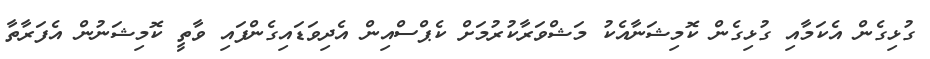
ގުޅިގެން އެކަމާއި ގުޅިގެން ކޮމިޝަނާއެކު މަޝްވަރާކުރުމަށް ކެޕްސްއިން އެދިވަޑައިގެންފައި ވާތީ ކޮމިޝަނުން އެފަރާތާ